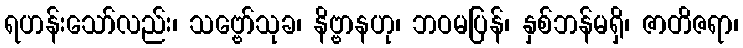
ရဟန်းသော်လည်း၊ သဗ္ဗော်သုခ၊ နိဗ္ဗာနဟု၊ ဘဝမပြန်၊ နှစ်ဘန်မရှိ၊ ဇာတိဇရာ၊